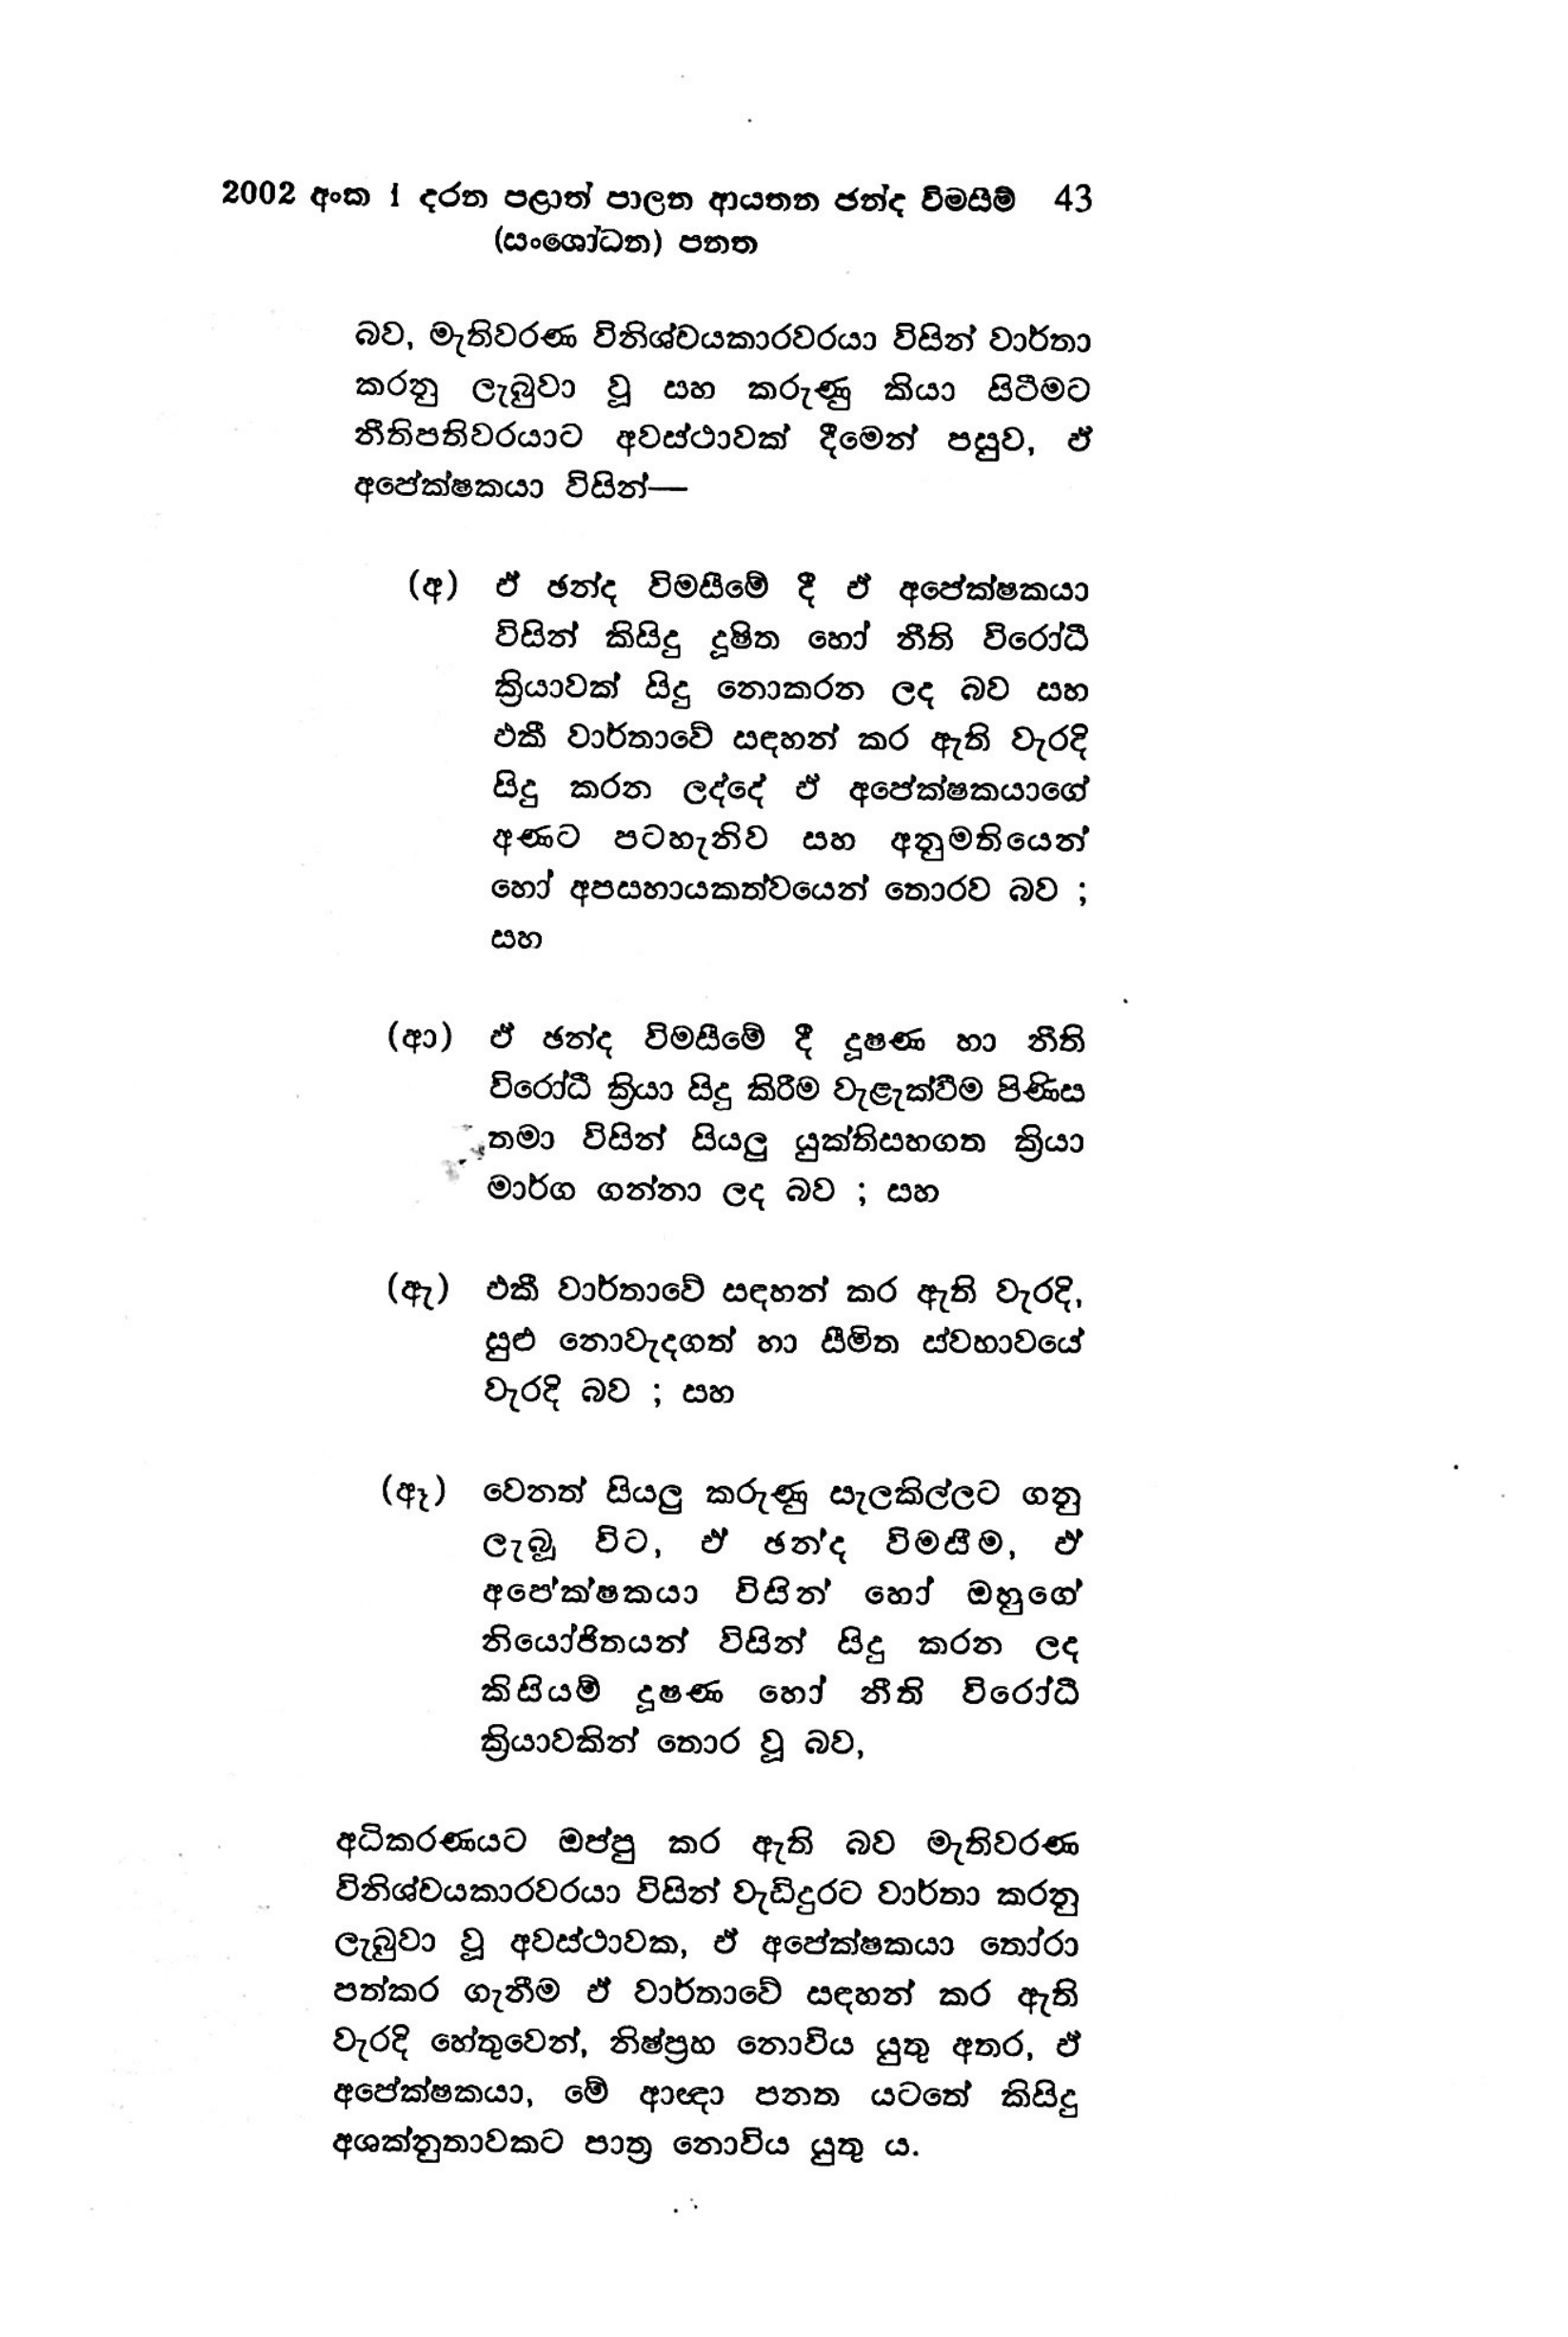
2002 අංක 1 දරන පළාත් පාලන ආයතන ඡන්ද විමසීම් 43
(සංශෝධන) පනත

බව, මැතිවරණ විනිශ්චයකාරවරයා විසින් වාර්තා
කරනු ලැබුවා වූ සහ කරුණු කියා සිටීමට
නීතිපතිවරයාට අවස්ථාවක් දීමෙන් පසුව, ඒ
අපේක්ෂකයා විසින්—

(අ) ඒ ඡන්ද විමසීමේ දී ඒ අපේක්ෂකයා
විසින් කිසිදු දූෂිත හෝ නීති විරෝධී
ක්‍රියාවක් සිදු නොකරන ලද බව සහ
ඵකී වාර්තාවේ සඳහන් කර ඇති වැරදි
සිදු කරන ලද්දේ ඒ අපේක්ෂකයාගේ
අණට පටහැනිව සහ අනුමතියෙන්
හෝ අපසහායකත්වයෙන් තොරව බව ;
සහ

(ආ) ඒ ඡන්ද විමසීමේ දී දූෂණ හා නීති
විරෝධී ක්‍රියා සිදු කිරීම වැළැක්වීම පිණිස
තමා විසින් සියලු යුක්ති සහගත ක්‍රියා
මාර්ග ගන්නා ලද බව ; සහ

(ඇ) එකී වාර්තාවේ සඳහන් කර ඇති වැරදි,
සුළු නොවැදගත් හා සීමිත ස්වභාවයේ
වැරදි බව ; සහ

(ඈ) වෙනත් සියලු කරුණු සැලකිල්ලට ගනු
ලැබූ විට, ඒ ඡන්ද විමසීම, ඒ
අප‍ේක්ෂකයා විසින් හෝ ඔහුගේ
නියෝජිතයන් විසින් සිදු කරන ලද
කිසියම් දූෂණ හෝ නීති විරෝධී
ක්‍රියාවකින් තොර වූ බව,

අධිකරණයට ඔප්පු කර ඇති බව මැතිවරණ
විනිශ්චයකාරවරයා විසින් වැඩිදුරට වාර්තා කරනු
ලැබුවා වූ අවස්ථාවක, ඒ අපේක්ෂකයා තෝරා
පත්කර ගැනීම ඒ වාර්තාවේ සඳහන් කර ඇති
වැරදි හේතුවෙන්, නිෂ්ප්‍රහ නොවිය යුතු අතර, ඒ
අපේක්ෂකයා, මේ ආඥා පනත යටතේ කිසිදු
අශක්නුතාවකට පාත්‍ර නොවිය යුතු ය.